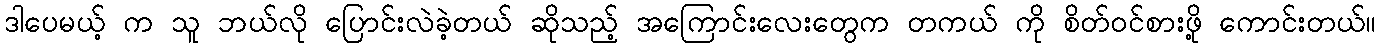
ဒါပေမယ့် က သူ ဘယ်လို ပြောင်းလဲခဲ့တယ် ဆိုသည့် အကြောင်းလေးတွေက တကယ် ကို စိတ်ဝင်စားဖို့ ကောင်းတယ်။